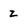
Character: z